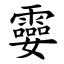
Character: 孁